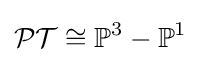
{\mathcal {PT}}\cong \mathbb {P} ^{3}-\mathbb {P} ^{1}